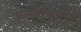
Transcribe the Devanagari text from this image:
प्रत्यारोपणपूर्व